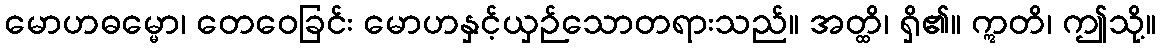
မောဟဓမ္မော၊ တေဝေခြင်း မောဟနှင့်ယှဉ်သောတရားသည်။ အတ္ထိ၊ ရှိ၏။ ဣတိ၊ ဤသို့။